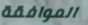
الموافقة